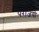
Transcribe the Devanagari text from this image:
पराजयो